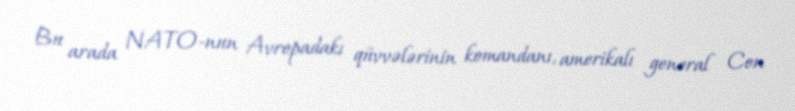
Bu arada NATO-nun Avropadakı qüvvələrinin komandanı, amerikalı general Con